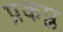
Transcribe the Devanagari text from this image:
प्रकप्ल